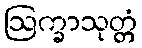
ဩက္ခာသုတ္တံ